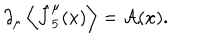
LaTeX: \partial _ { \mu } \left\langle \hat { J } _ { 5 } ^ { \mu } ( x ) \right\rangle = { \cal A } ( x ) .